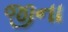
જીના